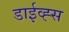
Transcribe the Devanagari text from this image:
डाईव्ह्स